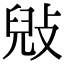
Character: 㪒